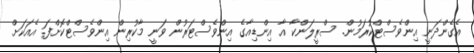
އެގެންދަނީ އިންވެސްޓްކުރަމުން. ސްރީލަންކާ އާ އިންޑިއާގެ އިންވެސްޓަރުން ވަނީ މާކުރިން އިންވެސްޓްކޮށްފަ. އެއަކަށް